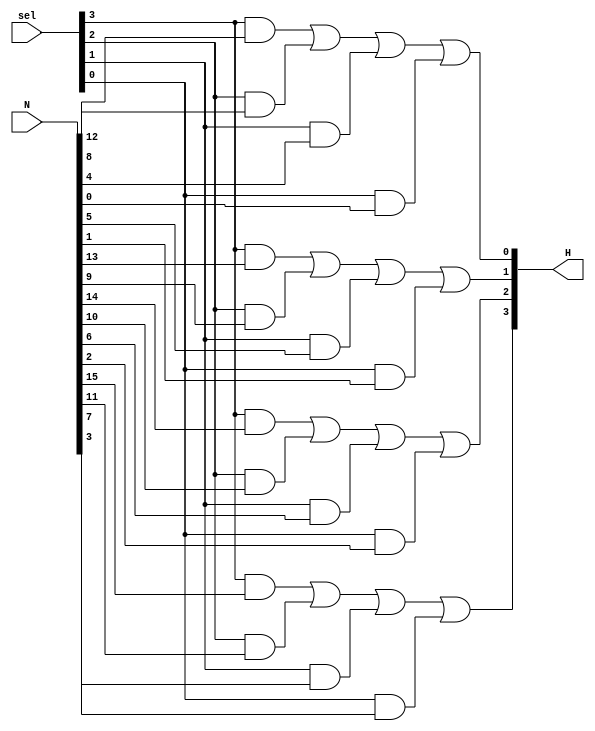
`timescale 1ns / 1ps
//////////////////////////////////////////////////////////////////////////////////
// Company: 
// Engineer: 
// 
// Design Name: 
// Module Name: Selector
// Project Name: 
// Target Devices: 
// Tool Versions: 
// Description: 
// 
// Dependencies: 
// 
// Revision:
// Revision 0.01 - File Created
// Additional Comments:
// 
//////////////////////////////////////////////////////////////////////////////////


module Selector(
    input [3:0] sel,
    input [15:0] N,
    output [3:0] H
    );

assign H[0] = ((sel[3] & N[12]) | (sel[2] & N[8] ) | (sel[1] & N[4]) | (sel[0] & N[0]));
assign H[1] = ((sel[3] & N[13]) | (sel[2] & N[9] ) | (sel[1] & N[5]) | (sel[0] & N[1]));
assign H[2] = ((sel[3] & N[14]) | (sel[2] & N[10] ) | (sel[1] & N[6]) | (sel[0] & N[2]));
assign H[3] = ((sel[3] & N[15]) | (sel[2] & N[11] ) | (sel[1] & N[7]) | (sel[0] & N[3])); 
    
endmodule